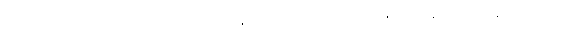
“ထင်းကုလားတုံး အသုံးမကျ အိမ်တော နှစ်ဌာန” ဟူသော ဥပမာဖြင့် ရဟန်းဆိုး ရဟန်းပျက်တို့ကို